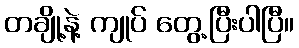
တချို့နဲ့ ကျုပ် တွေ့ပြီးပါပြီ။